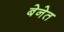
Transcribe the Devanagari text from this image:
बेनेत